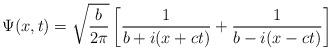
LaTeX: \begin{align*}\Psi(x, t) = \sqrt{\frac{b}{2\pi}}\left[\frac{1}{b + i(x + c t)} + \frac{1}{b - i(x - c t)}\right]\end{align*}